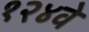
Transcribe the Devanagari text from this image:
१२४वे